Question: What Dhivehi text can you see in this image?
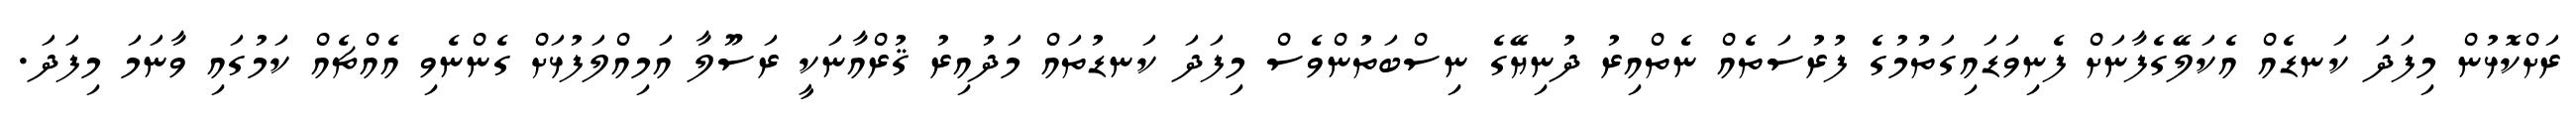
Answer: ރަށްކޮޅުން މިފަދަ ކަނޑެއް އެކަލޭގެފާނަށް ފެނިވަޑައިގަތުމުގެ ފުރުސަތެއް ނެތްއިރު ދުނިޔޭގެ ނިސްބަތުންވެސް މިފަދަ ކަނޑުތައް މަދުއިރު ޤުރްއާނަކީ ރަސޫލާ އަމިއްލަފުޅަށް ގެންނެވި އެއްޗެއް ކަމުގައި ވާނަމަ މިފަދަ.